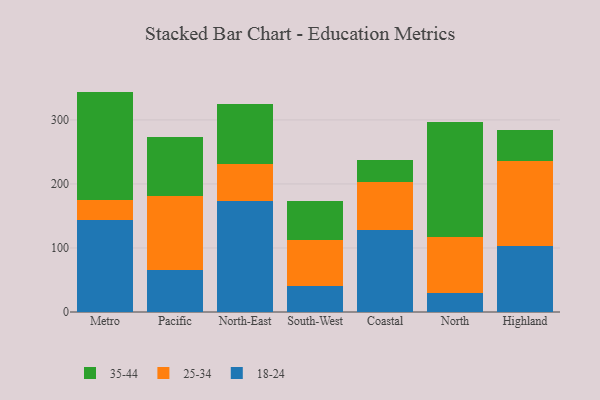
{"axis": {"x": "Region", "y": "Humidity (%)"}, "legend": ["18-24", "25-34", "35-44"], "data": [{"x": "Metro", "y": 143.3, "type": "18-24"}, {"x": "Metro", "y": 32.0, "type": "25-34"}, {"x": "Metro", "y": 168.9, "type": "35-44"}, {"x": "Pacific", "y": 65.3, "type": "18-24"}, {"x": "Pacific", "y": 115.3, "type": "25-34"}, {"x": "Pacific", "y": 92.2, "type": "35-44"}, {"x": "North-East", "y": 173.8, "type": "18-24"}, {"x": "North-East", "y": 57.4, "type": "25-34"}, {"x": "North-East", "y": 94.0, "type": "35-44"}, {"x": "South-West", "y": 41.1, "type": "18-24"}, {"x": "South-West", "y": 71.5, "type": "25-34"}, {"x": "South-West", "y": 60.5, "type": "35-44"}, {"x": "Coastal", "y": 127.4, "type": "18-24"}, {"x": "Coastal", "y": 75.7, "type": "25-34"}, {"x": "Coastal", "y": 34.5, "type": "35-44"}, {"x": "North", "y": 29.1, "type": "18-24"}, {"x": "North", "y": 87.6, "type": "25-34"}, {"x": "North", "y": 179.5, "type": "35-44"}, {"x": "Highland", "y": 103.1, "type": "18-24"}, {"x": "Highland", "y": 133.1, "type": "25-34"}, {"x": "Highland", "y": 48.5, "type": "35-44"}]}